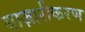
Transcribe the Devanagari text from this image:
बाज़ारीकरण